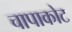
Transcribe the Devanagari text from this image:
चापाकोट